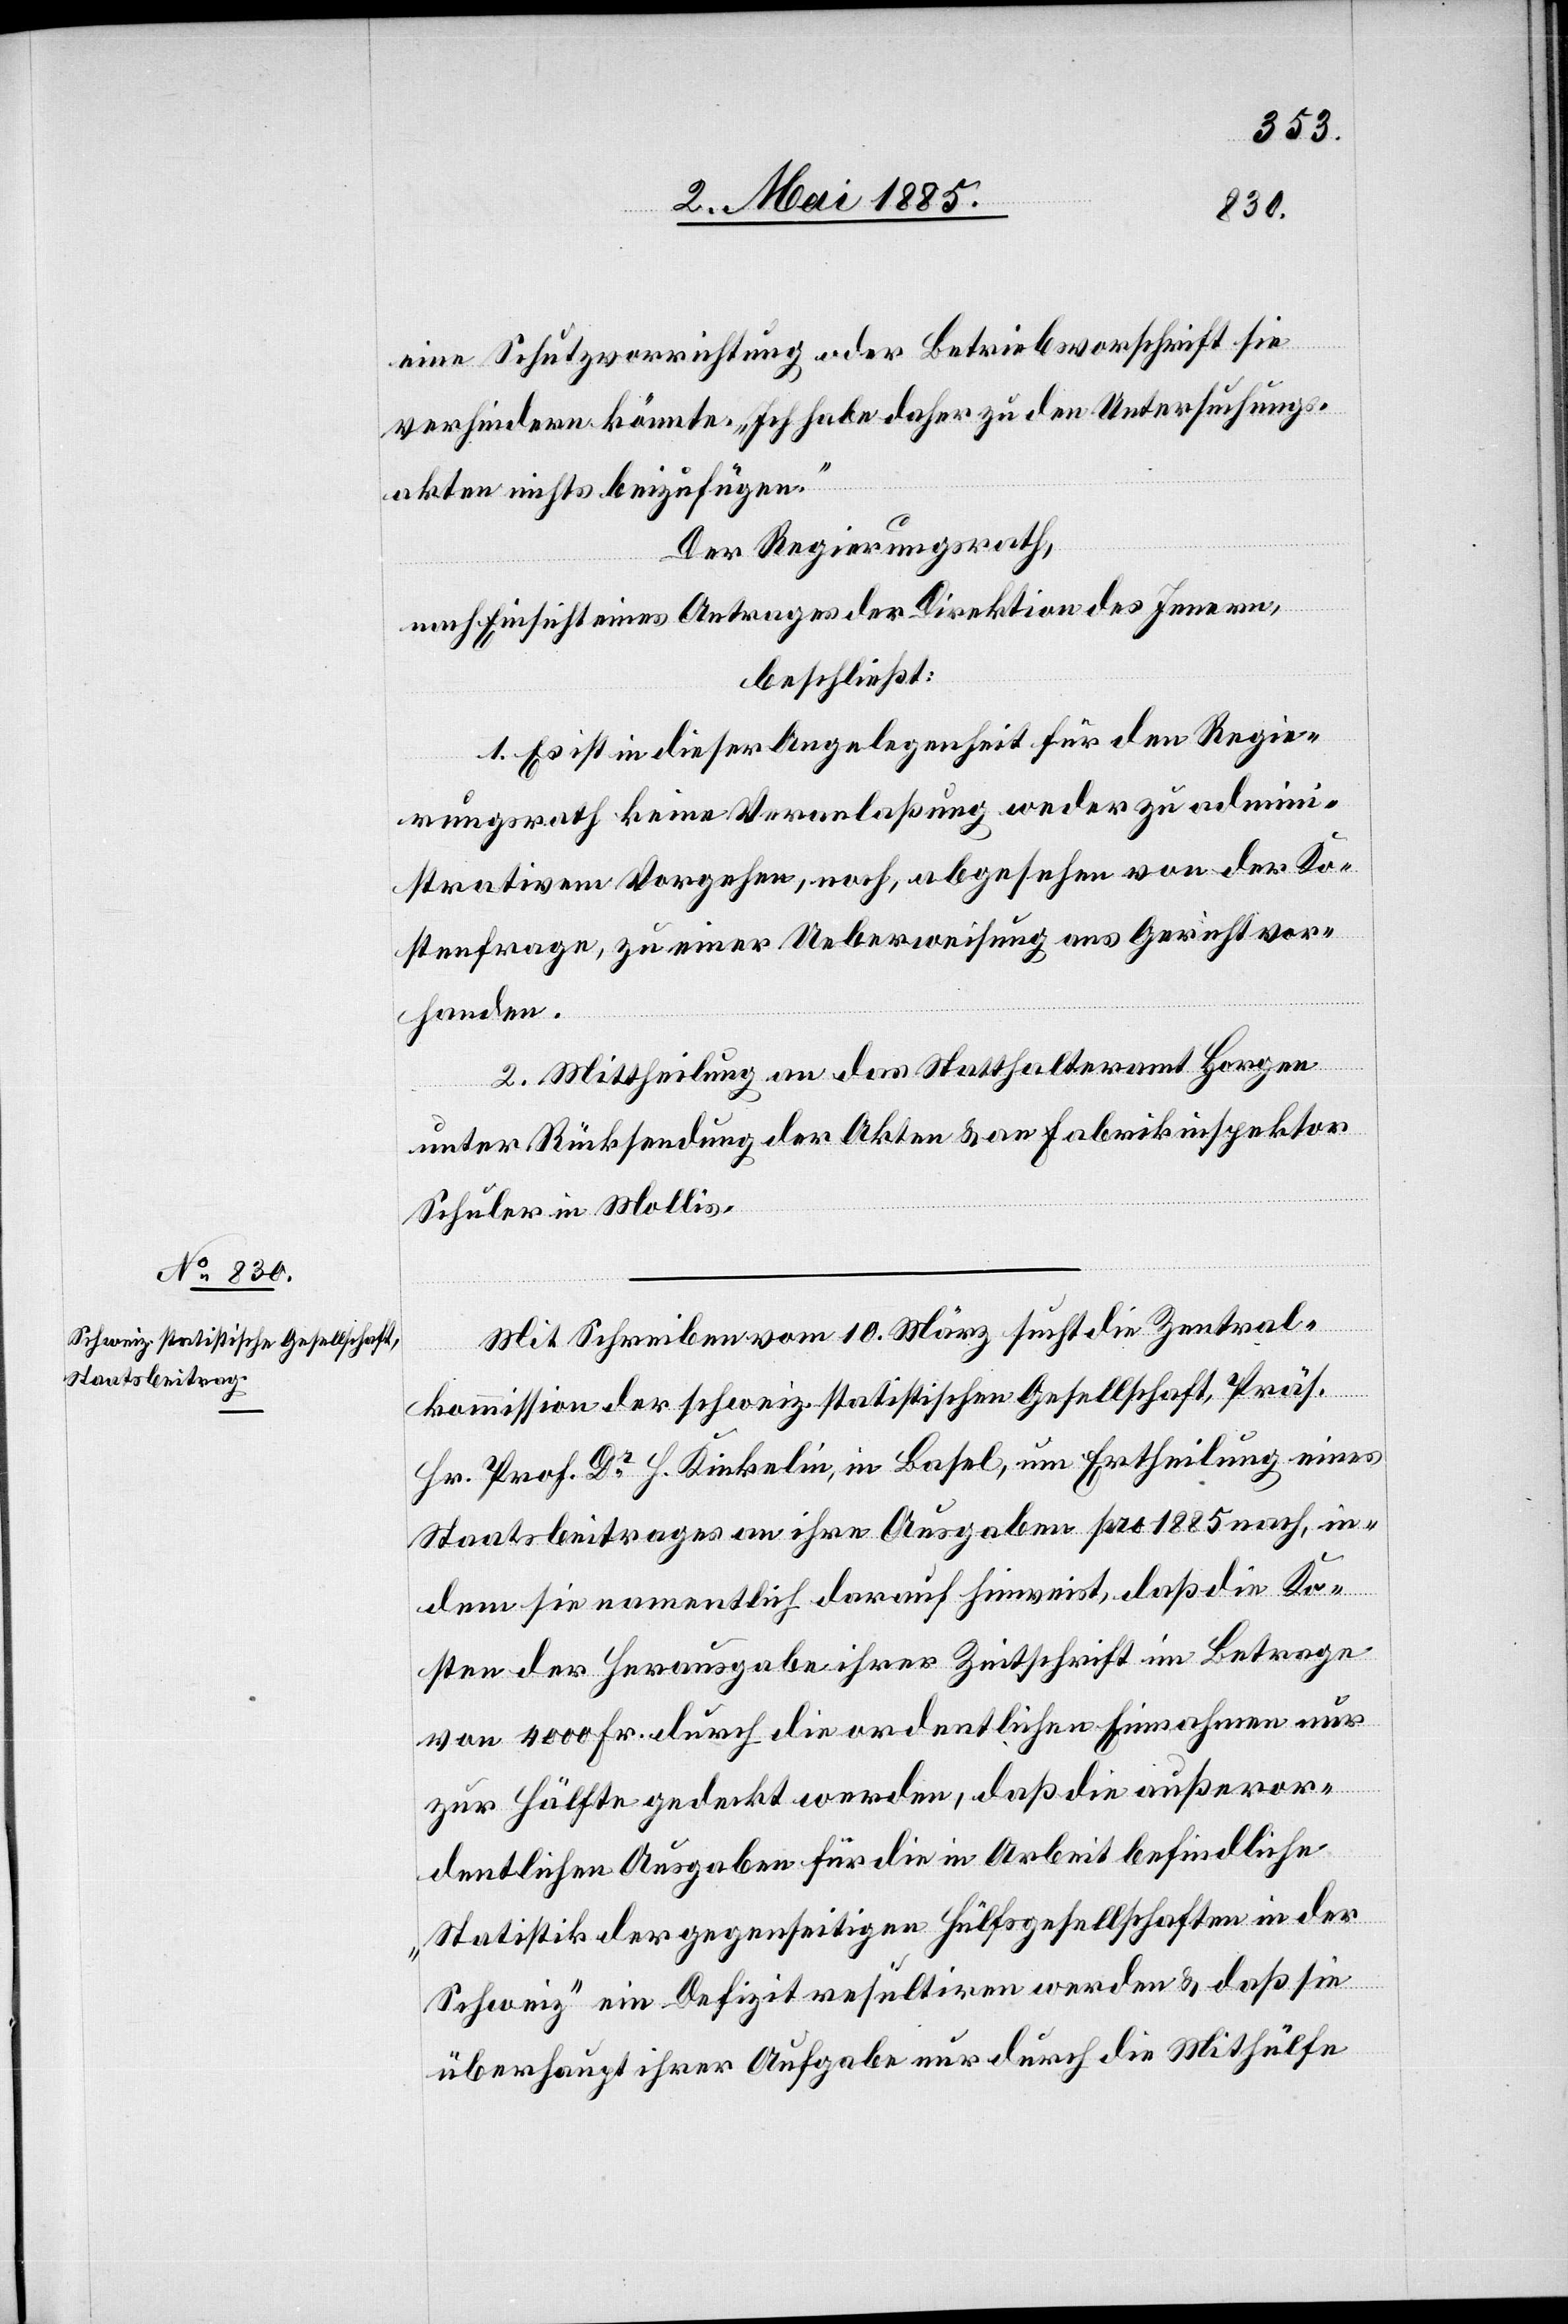
eine Schutzvorrichtung oder Betriebsvorschrift sie
verhindern könnte. „Ich habe daher zu den Untersuchungs¬
akten nichts beizufügen.“
Der Regierungsrath,
nach Einsicht eines Antrages der Direktion des Innern,
beschließt:
1. Es ist in dieser Angelegenheit für den Regie¬
rungsrath keine Veranlaßung weder zu admini¬
strativem Vorgehen, noch, abgesehen von der Ko¬
stenfrage, zu einer Ueberweisung ans Gericht vor¬
handen.
2. Mittheilung an das Statthalteramt Horgen
unter Rücksendung der Akten & an Fabrikinspektor
Schuler in Mollis.
Mit Schreiben vom 10. März sucht die Zentral¬
kommission der schweiz. statistischen Gesellschaft, Präs.
Hr. Prof. Dr H. Kinkelin, in Basel, um Ertheilung eines
Staatsbeitrages an ihre Ausgaben pro 1885 nach, in¬
dem sie namentlich darauf hinweist, daß die Ko¬
sten der Herausgabe ihrer Zeitschrift im Betrage
von 4000 Fr. durch die ordentlichen Einnahmen nur
zur Hälfte gedeckt werden, daß die außeror¬
dentlichen Ausgaben für die in Arbeit befindliche
„Statistik der gegenseitigen Hülfsgesellschaften in der
Schweiz“ ein Defizit resultiren werden & daß sie
überhaupt ihrer Aufgabe nur durch die Mithülfe